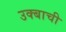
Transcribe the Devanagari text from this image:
उक्बाची